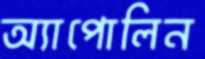
অ্যাপোলিন